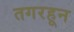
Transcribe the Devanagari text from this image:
तगरहून